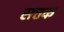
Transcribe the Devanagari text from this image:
सत्तक